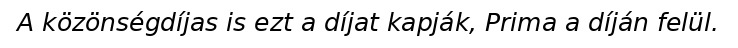
A közönségdíjas is ezt a díjat kapják, Prima a díján felül.